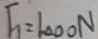
F _ { 1 } = 1 0 0 0 N